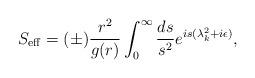
LaTeX: \begin{align*}S_{\rm eff}=(\pm) {r^2\over g(r)}\int_0^\infty{ds\over s^2}e^{is( \lambda^2_k +i\epsilon)},\end{align*}